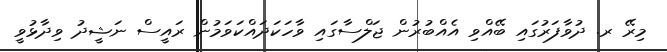
މިރޭ ރ. ދުވާފަރުގައި ބޭއްވި އެއްބުރުން ޖަލްސާގައި ވާހަކަދައްކަވަމުން ރައީސް ނަޝީދު ވިދާޅުވީ